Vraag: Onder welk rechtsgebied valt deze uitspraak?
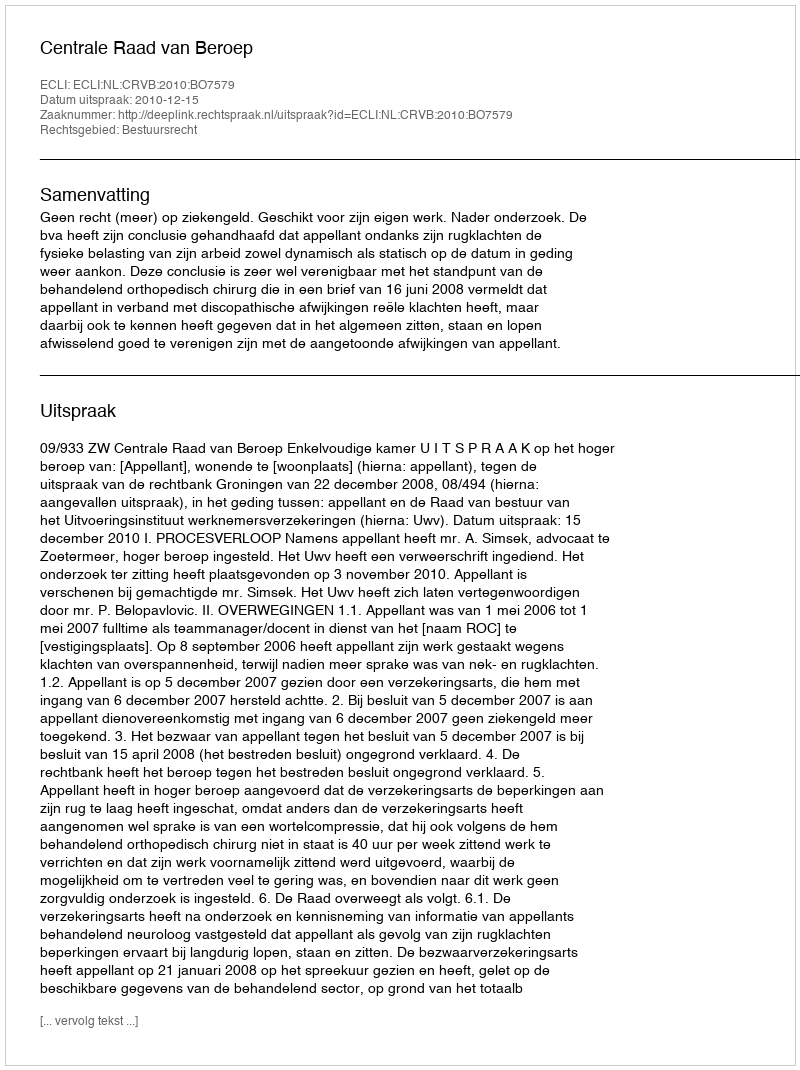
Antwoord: Bestuursrecht